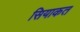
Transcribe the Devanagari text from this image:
सियाकत